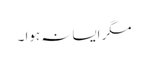
مگر ایسا نہ ہوا ۔